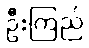
ဦးကြည်